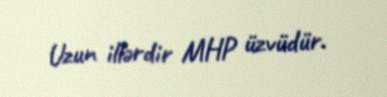
Uzun illərdir MHP üzvüdür.